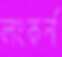
লংকর্ন